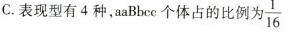
C.表现型有4种,aaBbcc个体占的比例为 \frac{1}{16}